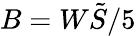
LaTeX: B=W\tilde{S}/5